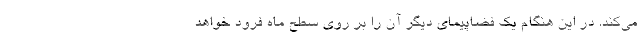
می‌کند. در این هنگام یک فضاپیمای دیگر آن را بر روی سطح ماه فرود خواهد